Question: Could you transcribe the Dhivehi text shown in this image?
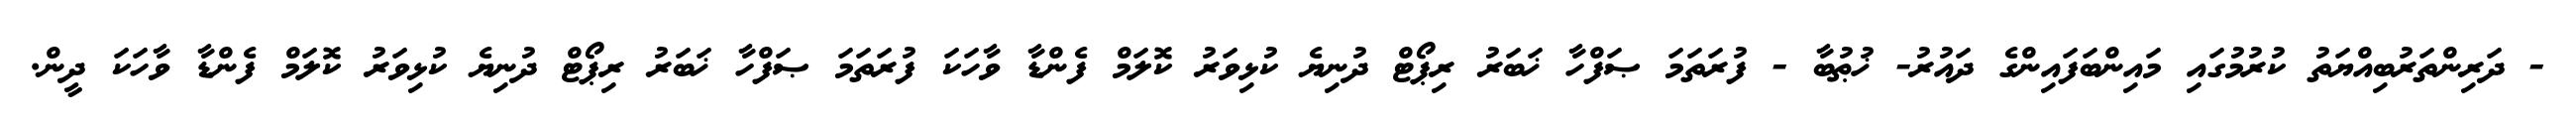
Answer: - ދަރިންތަރުބިއްޔަތު ކުރުމުގައި މައިންބަފައިންގެ ދައުރު- ޚުޠުބާ - ފުރަތަމަ ޞަފްހާ ޚަބަރު ރިޕޯޓް ދުނިޔެ ކުޅިވަރު ކޮލަމް ފެންޑާ ވާހަކަ ފުރަތަމަ ޞަފްހާ ޚަބަރު ރިޕޯޓް ދުނިޔެ ކުޅިވަރު ކޮލަމް ފެންޑާ ވާހަކަ ދީން.